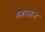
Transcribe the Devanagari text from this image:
बकासन